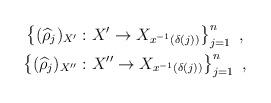
LaTeX: \begin{align*}\begin{gathered}\left\{(\widehat\rho_j)_{X'}:X'\to X_{x^{-1}(\delta(j))}\right\}_{j=1}^n\ ,\\\left\{(\widehat\rho_j)_{X''}:X''\to X_{x^{-1}(\delta(j))}\right\}_{j=1}^n\ ,\end{gathered}\end{align*}